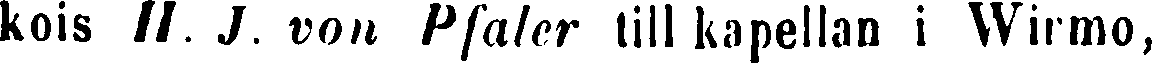
kois //. J. von Pfaler till kapellan i Wirmo,